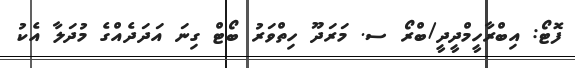
ފޮޓޯ: އިބްރާހީމްދީދީ/ބްރޯ ސ. މަރަދޫ ހިތްވަރު ބޯޓް ގިނަ އަދަދެއްގެ މުދަލާ އެކު